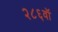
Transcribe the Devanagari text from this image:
२८६वॉ